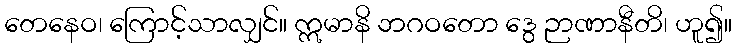
တေနေဝ၊ ကြောင့်သာလျှင်။ ဣမာနိ ဘဂဝတော ဒွေ ဉာဏာနီတိ၊ ဟူ၍။